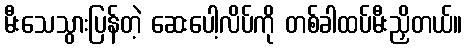
မီးသေသွားပြန်တဲ့ ဆေးပေါ့လိပ်ကို တစ်ခါထပ်မီးညှိတယ်။